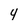
Character: 4